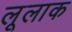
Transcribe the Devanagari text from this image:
लूलाक